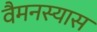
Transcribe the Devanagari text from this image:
वैमनस्यास